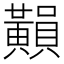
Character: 𪏚